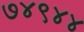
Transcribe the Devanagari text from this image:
७४९४४